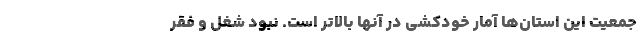
جمعیت این استان‌ها آمار خودکشی در آنها بالاتر است. نبود شغل و فقر